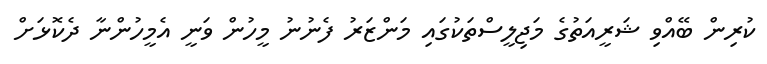
ކުރިން ބޭއްވި ޝަރީއަތުގެ މަޖިލީސްތަކުގައި މަންޒަރު ފެނުނު މީހުން ވަނީ އެމީހުންނާ ދެކޮޅަށް